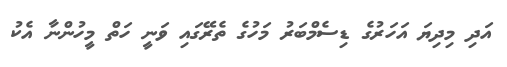
އަދި މިދިޔަ އަހަރުގެ ޑިސެމްބަރު މަހުގެ ތެރޭގައި ވަނީ ހަތް މީހުންނާ އެކު